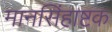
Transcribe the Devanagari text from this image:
मानसिंहाष्टक